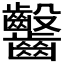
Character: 𪚆